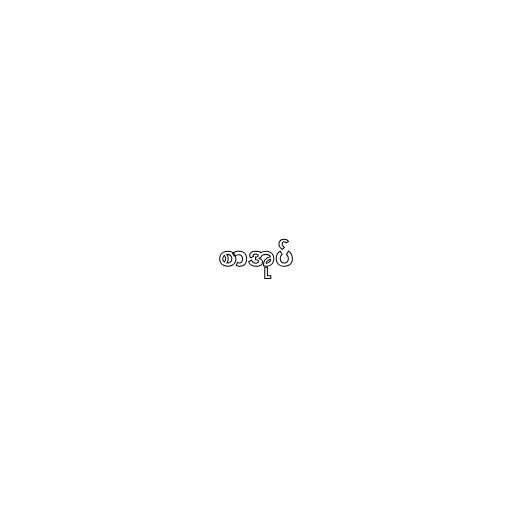
စာအုပ်